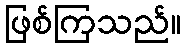
ဖြစ်ကြသည်။